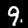
Digit: 9